Scottish Leaving Certificate Examination, 1957
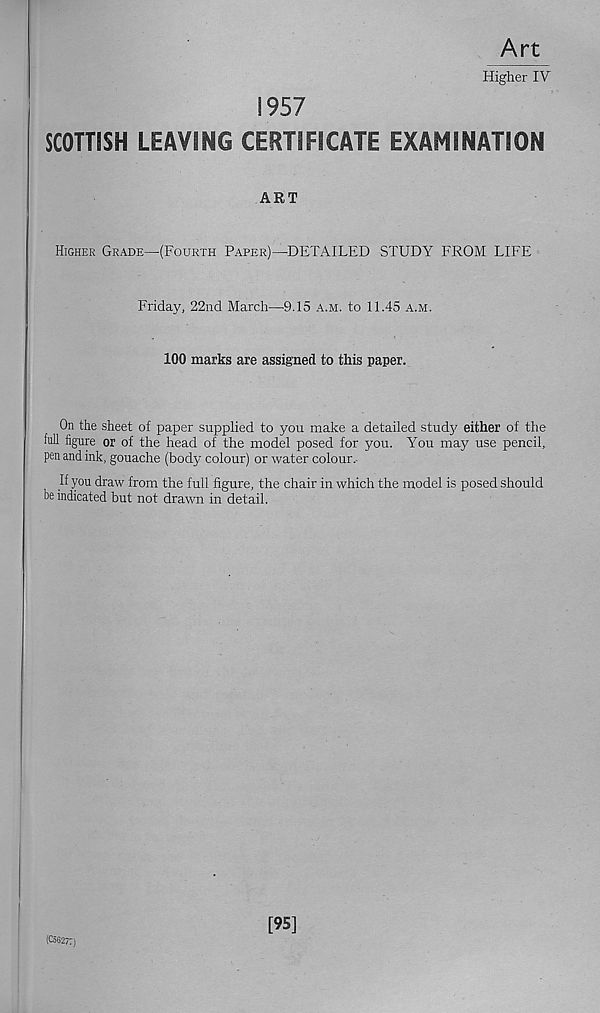
Art
Higher IV
1957
SCOTTISH LEAVING CERTIFICATE EXAMINATION
ART
Higher Grade—(Fourth Paper)—DETAILED STUDY FROM LIFE
Friday, 22nd March—9.15 a.m. to 11.45 a.m.
100 marks are assigned to this paper.
On the sheet of paper supplied to you make a detailed study either of the
full figure or of the head of the model posed for you. You may use pencil,
pen and ink, gouache (body colour) or water colour.
If you draw from the full figure, the chair in which the model is posed should
be indicated but not drawn in detail.
(C56277)
[95]